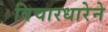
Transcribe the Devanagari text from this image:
विचारधारेने